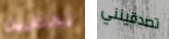
تختارين تصدقينني